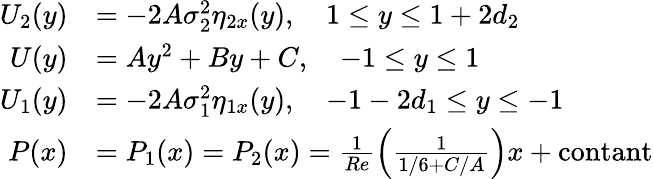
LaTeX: \begin{array}{rl}{{U}_{2}(y)}&{=-2A\sigma_{2}^{2}\eta_{2x}(y),\quad 1\leq y\leq 1+2d_{2}}\\ {{U}(y)}&{=Ay^{2}+By+C,\quad-1\leq y\leq 1}\\ {{U}_{1}(y)}&{=-2A\sigma_{1}^{2}\eta_{1x}(y),\quad-1-2d_{1}\leq y\leq-1}\\ {P(x)}&{=P_{1}(x)=P_{2}(x)=\frac{1}{Re}\left(\frac{1}{1/6+C/A}\right)x+\mathrm{contant}}\end{array}